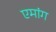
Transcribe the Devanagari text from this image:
एमांग